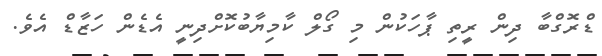
ޑްރޮގްބާ ދިން ރީތި ޕާހަކުން މި ގޯލް ކާމިޔާބުކޮށްދިނީ އެޑެން ހަޒާޑް އެވެ.